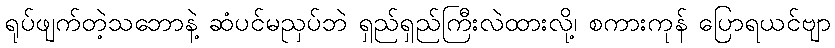
ရုပ်ဖျက်တဲ့သဘောနဲ့ ဆံပင်မညှပ်ဘဲ ရှည်ရှည်ကြီးလဲထားလို့၊ စကားကုန် ပြောရယင်ဗျာ